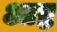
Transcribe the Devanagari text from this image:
आष्ट